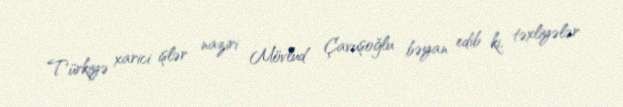
Türkiyə xarici işlər naziri Mövlud Çavuşoğlu bəyan edib ki, təxliyələr